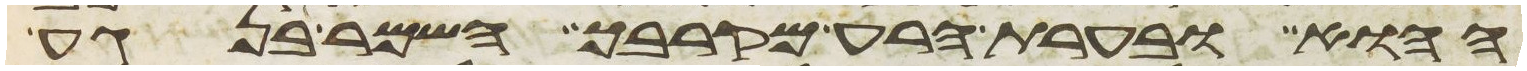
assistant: ההוא ובערת הרע מקרבך השמר בנגע